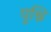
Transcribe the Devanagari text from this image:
पृश्नि